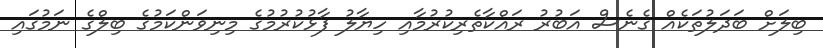
ބިލަށް ބަދަލުތަކެއް ގެނެސް އަބުރު ރައްކާތެރިކުރުމާއި ހިޔާލު ފާޅުކުރުމުގެ މިނިވަންކަމުގެ ބިލްގެ ނަމުގައި